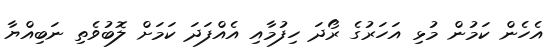
އެހެން ކަމުން މުޅި އަހަރުގެ ރޯދަ ހިފުމާއި އެއްފަދަ ކަމަށް ލޮބުވެތި ނަބިއްޔާ